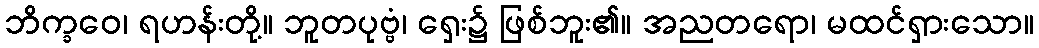
ဘိက္ခဝေ၊ ရဟန်းတို့။ ဘူတပုဗ္ဗံ၊ ရှေး၌ ဖြစ်ဘူး၏။ အညတရော၊ မထင်ရှားသော။